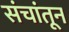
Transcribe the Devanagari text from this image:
संचांतून